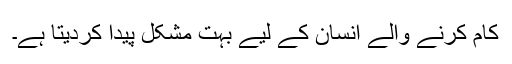
کام کرنے والے انسان کے لیے بہت مشکل پیدا کردیتا ہے۔